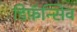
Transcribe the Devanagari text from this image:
डिफ़ॅन्सिव